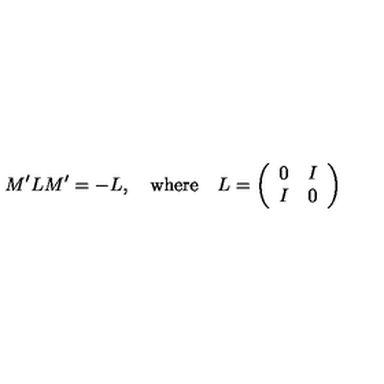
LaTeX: M ^ { \prime } L M ^ { \prime } = - L , \quad \mathrm { w h e r e } \quad L = \left( \begin{array} { c c } { 0 } & { I } \\ { I } & { 0 } \\ \end{array} \right)